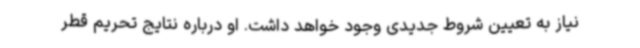
نیاز به تعیین شروط جدیدی وجود خواهد داشت. او درباره نتایج تحریم قطر